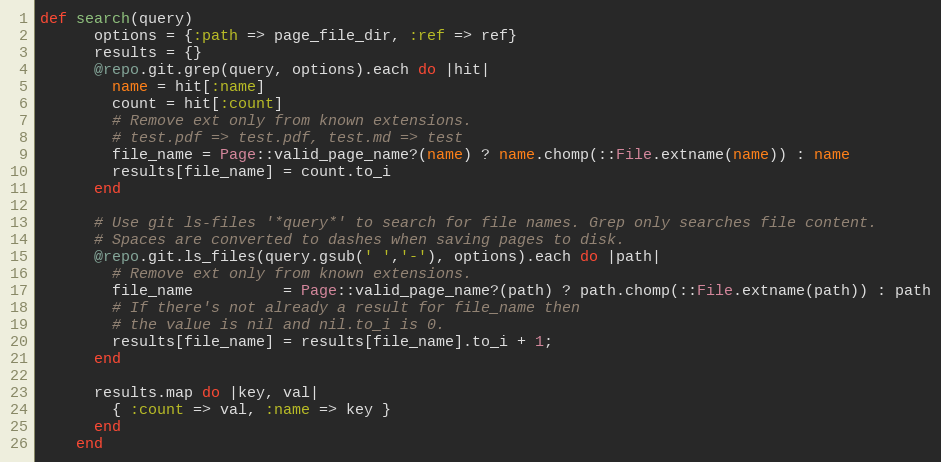
Language: Ruby
def search(query)
      options = {:path => page_file_dir, :ref => ref}
      results = {}
      @repo.git.grep(query, options).each do |hit|
        name = hit[:name]
        count = hit[:count]
        # Remove ext only from known extensions.
        # test.pdf => test.pdf, test.md => test
        file_name = Page::valid_page_name?(name) ? name.chomp(::File.extname(name)) : name
        results[file_name] = count.to_i
      end

      # Use git ls-files '*query*' to search for file names. Grep only searches file content.
      # Spaces are converted to dashes when saving pages to disk.
      @repo.git.ls_files(query.gsub(' ','-'), options).each do |path|
        # Remove ext only from known extensions.
        file_name          = Page::valid_page_name?(path) ? path.chomp(::File.extname(path)) : path
        # If there's not already a result for file_name then
        # the value is nil and nil.to_i is 0.
        results[file_name] = results[file_name].to_i + 1;
      end

      results.map do |key, val|
        { :count => val, :name => key }
      end
    end